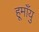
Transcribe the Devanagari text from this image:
हूमाँयु